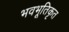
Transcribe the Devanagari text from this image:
भवभूतिकृत